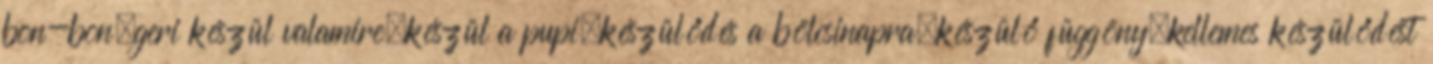
bon-bon,geri készül valamire,készül a pupi,készülődés a bölcsinapra,készülő függöny,kellemes készülődést